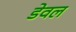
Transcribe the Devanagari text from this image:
डेवल